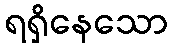
ရရှိနေသော